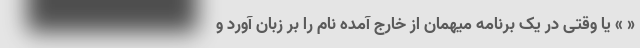
« » یا وقتی در یک برنامه میهمان از خارج آمده نام را بر زبان آورد و